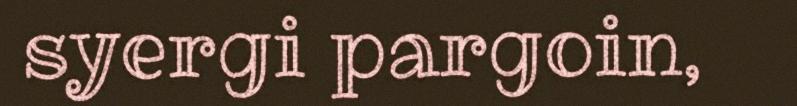
syergi pargoin,